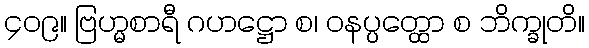
၄၀၉။ ဗြဟ္မစာရီ ဂဟဋ္ဌော စ၊ ဝနပ္ပတ္ထော စ ဘိက္ခုတိ။